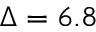
\Delta = 6 . 8